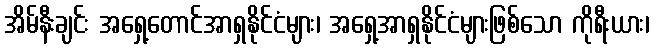
အိမ်နီးချင်း အရှေ့တောင်အာရှနိုင်ငံများ၊ အရှေ့အာရှနိုင်ငံများဖြစ်သော ကိုရီးယား၊